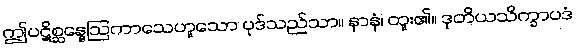
ဤပဋိစ္ဆန္နေဩကာသေဟူသော ပုဒ်သည်သာ။ နာနံ၊ ထူး၏။ ဒုတိယသိက္ခာပဒံ